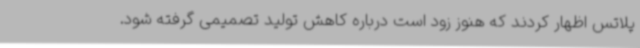
پلاتس اظهار کردند که هنوز زود است درباره کاهش تولید تصمیمی گرفته شود.